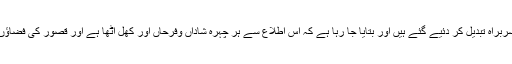
بات فوری قبول ہوئی اور آخری اطلاعات آنے تک یہ بات کنفرم ہو چکی ہے کہ جےآئی ٹی کے سربراہ تبدیل کر دئیے گئے ہیں اور بتایا جا رہا ہے کہ اس اطلاع سے ہر چہرہ شاداں وفرحاں اور کھل اُٹھا ہے اور قصور کی فضاؤں میں اس وقت سے ہر طرف نعرہ تکبیر اللہ اکبر اسلا م زندہ باد کے نعرے سنائے دے رہے ہیں ۔